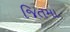
જિતમા